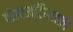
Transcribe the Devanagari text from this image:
पोस्टमॉर्टेमसाठी